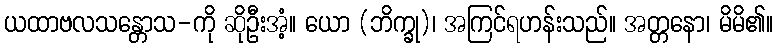
ယထာဗလသန္တောသ-ကို ဆိုဦးအံ့။ ယော (ဘိက္ခု)၊ အကြင်ရဟန်းသည်။ အတ္တနော၊ မိမိ၏။